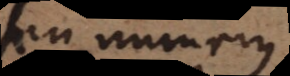
seu numerus